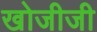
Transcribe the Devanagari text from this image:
खोजीजी